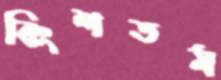
বিংশতম